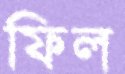
ফিল